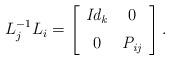
LaTeX: \begin{align*}L^{-1}_jL_i=\left[ \begin {array}{cc} \it Id_k&0\\ \noalign{\medskip}0&{\it P_{ij}}\end {array} \right].\end{align*}